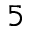
^ 5